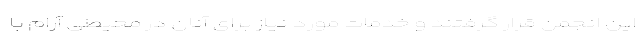
این انجمن قرار گرفتند و خدمات مورد نیاز برای آنان در محیطی آرام با